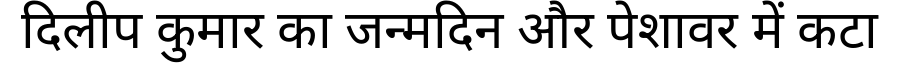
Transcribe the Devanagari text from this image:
दिलीप कुमार का जन्मदिन और पेशावर में कटा